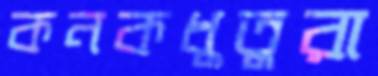
কনকধুতুরা